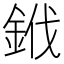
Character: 䤦